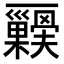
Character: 𭬺